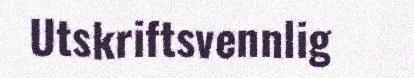
Utskriftsvennlig